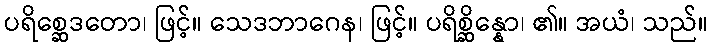
ပရိစ္ဆေဒတော၊ ဖြင့်။ သေဒဘာဂေန၊ ဖြင့်။ ပရိစ္ဆိန္နော၊ ၏။ အယံ၊ သည်။